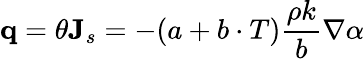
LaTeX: \mathbf q=\theta\mathbf{J}_{s}=-(a+b\cdot T)\frac{\rho k}{b}\nabla\alpha